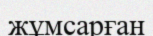
жұмсарған